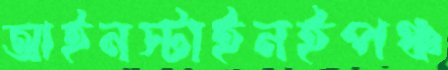
আইনস্টাইনইপঞ্চ